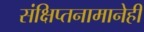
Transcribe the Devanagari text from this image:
संक्षिप्तनामानेही